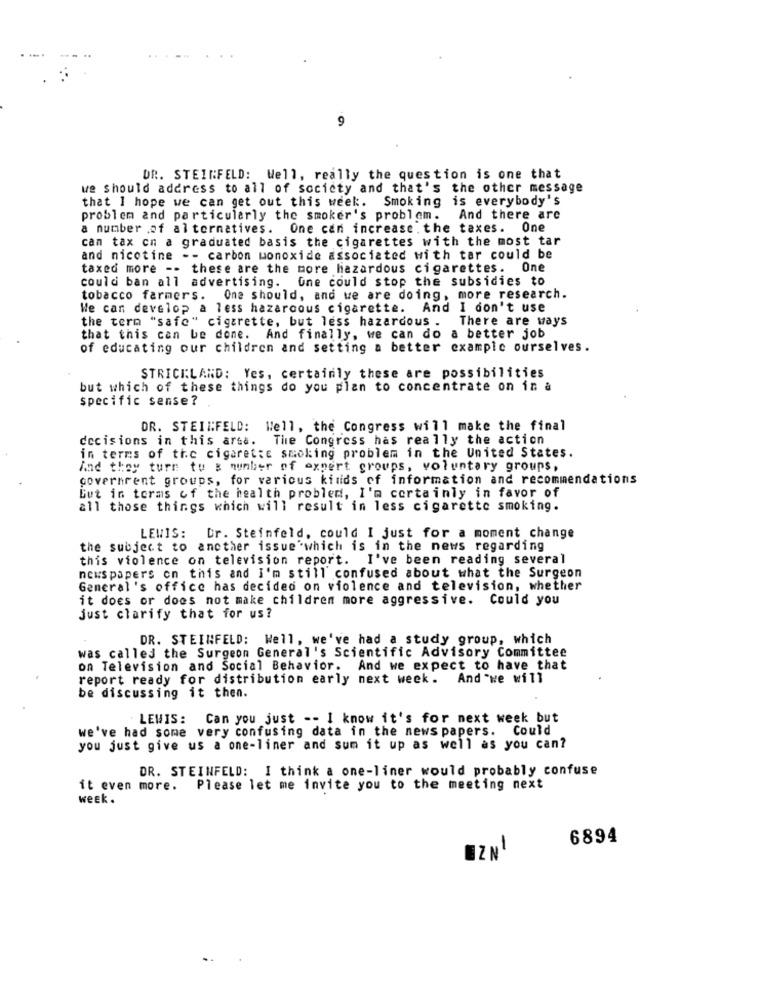
..
9
DR. STEINFELD: Well, really the question is one that
we should address to all of society and that's the other message
that I hope we can get out this week. Smoking is everybody's
problem and particularly the smoker's problem. And there are
a number of alternatives.
One can increase. the taxes. One
can tax on a graduated basis the cigarettes with the most tar
and nicotine -- carbon monoxide associated with tar could be
taxed more -- these are the more hazardous cigarettes. One
could ban all advertising. One could stop the subsidies to
tobacco farmers. One should, and we are doing, more research.
We can develop a less hazardous cigarette. And I don't use
the term "safe" cigarette, but less hazardous .
There are ways
that this can be done. And finally, we can do a better job
of educating our children and setting a better example ourselves.
STRICKLAND: Yes, certainly these are possibilities
but which of these things do you plan to concentrate on in a
specific sense?
DR. STEINFELD: Well, the Congress will make the final
decisions in this arse. The Congress has really the action
in terms of the cigarette smoking problem in the United States.
And they turn tu & number of expert groups, voluntary groups,
covernrent groups, for various kinds of information and recommendations
Gut in terms of the health problem, I'm certainly in favor of
all those things which will result in less cigarette smoking.
LEWIS: Dr. Steinfeld, could I just for a moment change
the subject to ancther issue which is in the news regarding
this violence on television report. I've been reading several
news papers on this and I'm still confused about what the Surgeon
General's office has decided on violence and television, whether
it does or does not make children more aggressive. Could you
just clarify that for us?
DR. STEINFELD: Well, we've had a study group, which
was called the Surgeon General's Scientific Advisory Committee
on Television and Social Behavior. And we expect to have that
report ready for distribution early next week. And we will
be discussing it then.
LEWIS: Can you just -- I know it's for next week but
we've had some very confusing data in the news papers. Could
you just give us a one-liner and sum it up as well as you can?
DR. STEINFELD: I think a one-liner would probably confuse
it even more.
Please let me invite you to the meeting next
week.
6894
BZN